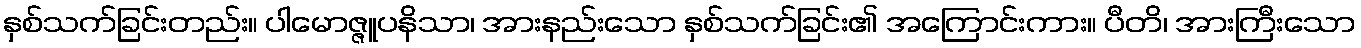
နှစ်သက်ခြင်းတည်း။ ပါမောဇ္ဇူပနိသာ၊ အားနည်းသော နှစ်သက်ခြင်း၏ အကြောင်းကား။ ပီတိ၊ အားကြီးသော